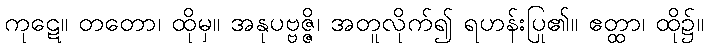
ကုဋေ။ တတော၊ ထိုမှ။ အနုပဗ္ဗဇ္ဇိ၊ အတူလိုက်၍ ရဟန်းပြု၏။ ဧတ္ထာ၊ ထို၌။